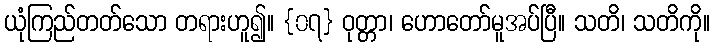
ယုံကြည်တတ်သော တရားဟူ၍။ {၀၇} ဝုတ္တာ၊ ဟောတော်မူအပ်ပြီ။ သတိ၊ သတိကို။